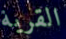
القرية